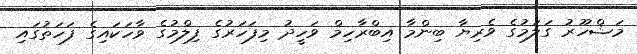
މަޝްހޫރު ގަލަމުގެ ވެރިޔާ ބިންމާ އިބްރާހިމް ވަހީދު މިފަހަރުގެ ފިލްމުގެ ވާހަކައިގެ ފަހަތުގައި